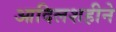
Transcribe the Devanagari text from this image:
आदिलशहीने